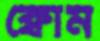
ক্বোম